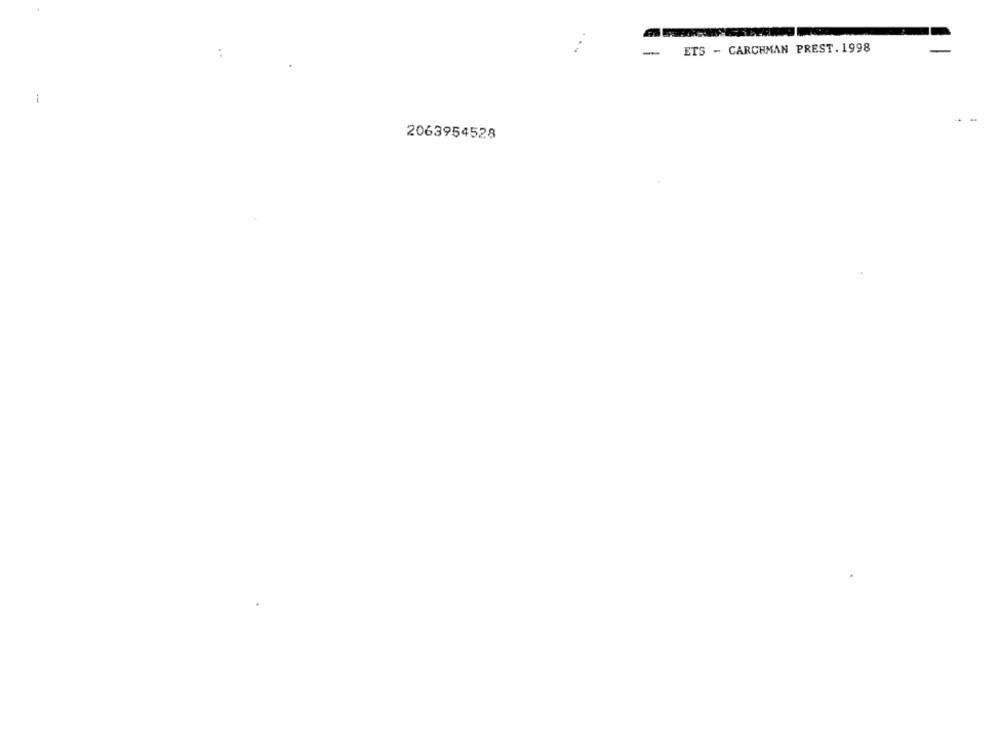
ETS - CARCHMAN PREST. 1998
-
2063954528